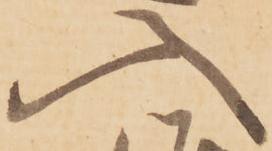
入